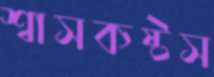
শ্বাসকষ্টস